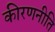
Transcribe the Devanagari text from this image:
कीरणनीति